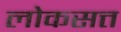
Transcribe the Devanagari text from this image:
लोकसत्त